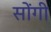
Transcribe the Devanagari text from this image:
सोंगी